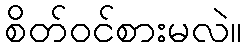
စိတ်ဝင်စားမလဲ။